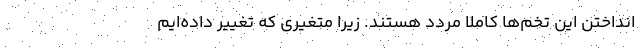
انداختن این تخم‌ها کاملاً مردد هستند. زیرا متغیری که تغییر داده‌ایم